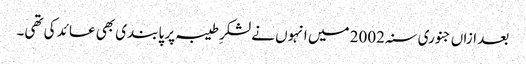
بعد ازاں جنوری سنہ 2002 میں انہوں نے لشکرِ طیبہ پر پابندی بھی عائد کی تھی۔